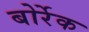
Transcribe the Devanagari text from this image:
बोर्रेक